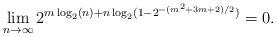
LaTeX: \begin{align*}\lim_{n \to \infty} 2^{m \log_2(n) + n\log_2(1-2^{-(m^2+3m+2)/2}) } = 0.\end{align*}